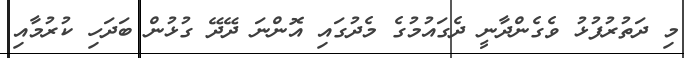
މި ދަތުރުފުޅު ވެގެންދާނީ ދެގައުމުގެ މެދުގައި އޮންނަ ދޭދޭ ގުޅުން ބަދަހި ކުރުމާއި